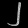
Digit: ၂